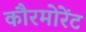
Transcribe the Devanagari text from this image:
कौरमोरेंट